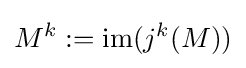
M^{k}:={\text{im}}(j^{k}(M))